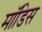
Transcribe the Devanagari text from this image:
मॉडिस